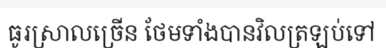
ធូរស្រាលច្រើន ថែមទាំងបានវិលត្រឡប់ទៅ